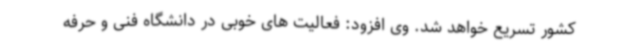
کشور تسریع خواهد شد. وی افزود: فعالیت های خوبی در دانشگاه فنی و حرفه